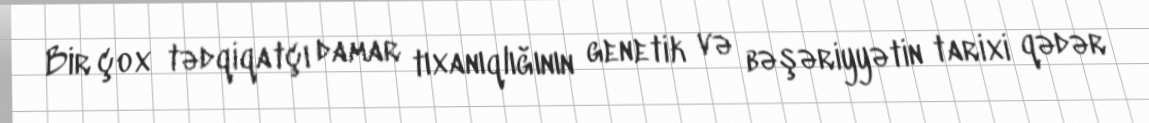
Bir çox tədqiqatçı damar tıxanıqlığının genetik və bəşəriyyətin tarixi qədər